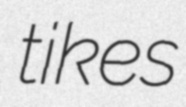
tikes